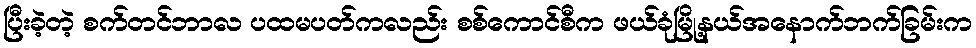
ပြီးခဲ့တဲ့ စက်တင်ဘာလ ပထမပတ်ကလည်း စစ်ကောင်စီက ဖယ်ခုံမြို့နယ်အနောက်ဘက်ခြမ်းက